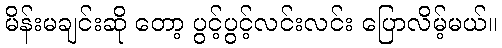
မိန်းမချင်းဆို တော့ ပွင့်ပွင့်လင်းလင်း ပြောလိမ့်မယ်။